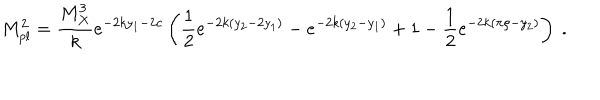
LaTeX: M _ { p l } ^ { 2 } = { \frac { M _ { X } ^ { 3 } } { k } } e ^ { - 2 k y _ { 1 } - 2 c } \left( { \frac { 1 } { 2 } } e ^ { - 2 k ( y _ { 2 } - 2 y _ { 1 } ) } - e ^ { - 2 k ( y _ { 2 } - y _ { 1 } ) } + 1 - { \frac { 1 } { 2 } } e ^ { - 2 k ( \pi \rho - y _ { 2 } ) } \right) ~ . ~ \,